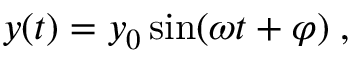
y ( t ) = y _ { 0 } \sin ( \omega t + \varphi ) \; ,